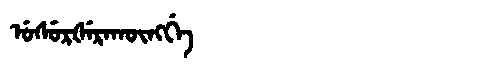
Manchu: ᡠᠰᡠᡵᡧᡝᡵᠠᡴᡡᠩᡤᡝ
Romanization: USURŠERAKŪNGGE